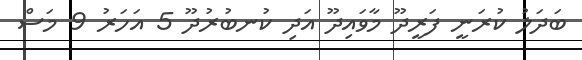
ބަދަލު ކުރަނީ ފަރީދޫ މާވައިދޫ އަދި ކުނބުރުދޫ 5 އަހަރު 9 މަސް